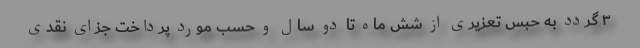
۳ گردد به حبس تعزیری از شش ماه تا دو سال و حسب مورد پرداخت جزای نقدی